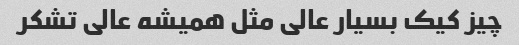
چیز کیک بسیار عالی مثل همیشه عالی تشکر